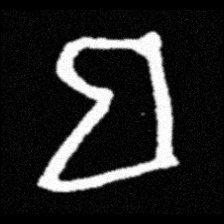
Pyu character \u2014 Myanmar letter: ဗ (romanized: ba)